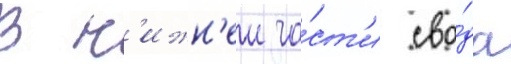
В н'ижн'еи ча́ст'и сво́да